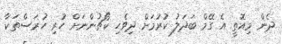
ދެން މިއޮތީ އެ ގޭމް ބަދަލު ކުރުމަށް ދިވެހި ކޯޗުންނަށް ހުރި ހުރަސްތަކާ